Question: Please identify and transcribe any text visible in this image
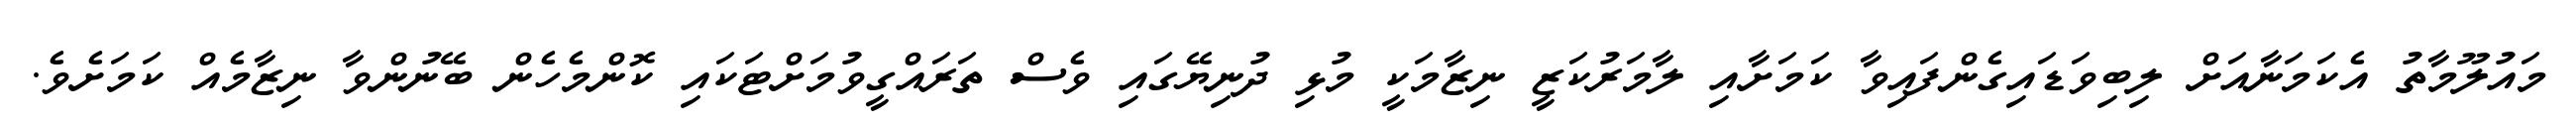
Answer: މައުލޫމާތު އެކަމަނާއަށް ލިބިވަޑައިގެންފައިވާ ކަމަށާއި ލާމަރުކަޒީ ނިޒާމަކީ މުޅި ދުނިޔޭގައި ވެސް ތަރައްގީވުމަށްޓަކައި ކޮންމެހެން ބޭނުންވާ ނިޒާމެއް ކަމަށެވެ.